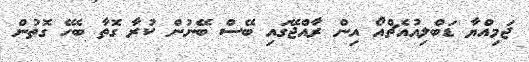
ޖަމިއްޔާ ޑަބްލިއުއެޗްއޯ އިން ރާއްޖޭގައި ބޭސް ބޭނުން ކުރާ ގޮތާ ބެހޭ ގޮތުން